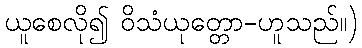
ယူစေလို၍ ဝိသံယုတ္တော-ဟူသည်။)